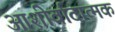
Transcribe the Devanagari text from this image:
आशीर्वादात्मक